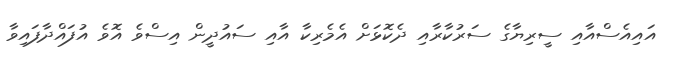
އައިއެސްއާއި ސީރިޔާގެ ސަރުކާރާއި ދެކޮޅަށް އެމެރިކާ އާއި ސައުދީން އިސްވެ އޮވެ އުފައްދާފައިވާ